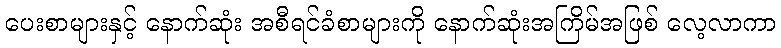
ပေးစာများနှင့် နောက်ဆုံး အစီရင်ခံစာများကို နောက်ဆုံးအကြိမ်အဖြစ် လေ့လာကာ